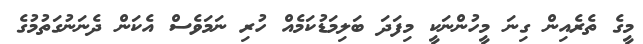
މީގެ ތެރެއިން ގިނަ މީހުންނަކީ މިފަދަ ބަލިމަޑުކަމެއް ހުރި ނަމަވެސް އެކަން ދެނަނުގަތުމުގެ